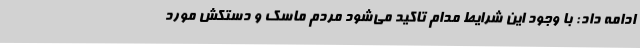
ادامه داد: با وجود این شرایط مدام تاکید می‌شود مردم ماسک و دستکش مورد